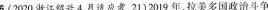
6.(2020浙江绍兴4月适应考，21)2019年，拉美多国政治斗争